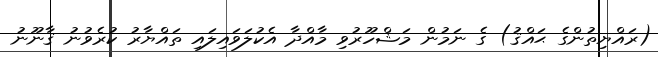
(ރައްޔިތުންގެ ޙައްޤު) ގެ ނަމުން މަޝްހޫރުވި މާއްދާ އެކުލަވައިލައި ތައްޔާރު ކުރެވުނު ޤާނޫނު